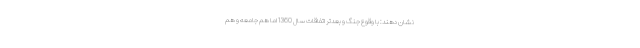
نشان دهند: با وقوع جنگ و بعد‌تر اتفاقات سال 1360 اما هم جامعه و هم